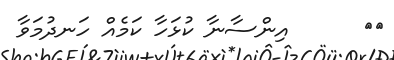
٣٥      އިންސާނާ ކުޅަހާ ކަމެއް ހަނދުމަވާ